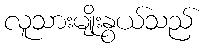
လူသားမျိုးနွယ်သည်